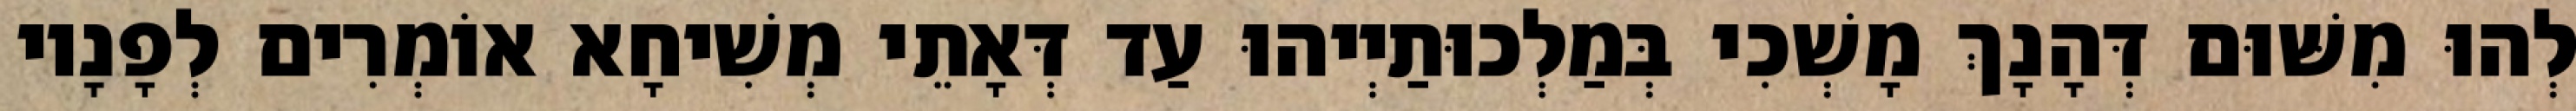
לְהוּ מִשּׁוּם דְּהָנָךְ מָשְׁכִי בְּמַלְכוּתַיְיהוּ עַד דְּאָתֵי מְשִׁיחָא אוֹמְרִים לְפָנָיו